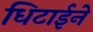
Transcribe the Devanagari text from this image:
धिटाईने